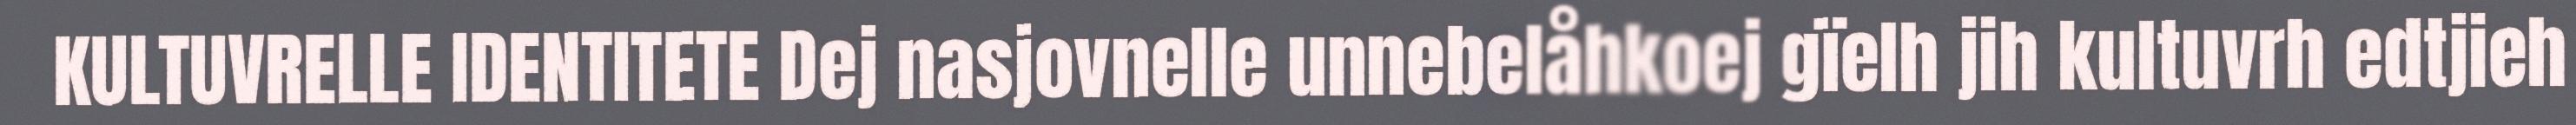
KULTUVRELLE IDENTITETE Dej nasjovnelle unnebelåhkoej gïelh jih kultuvrh edtjieh